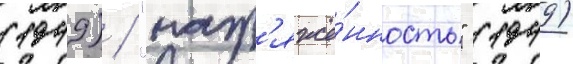
(1949) / "напр'яжё́нность" (1949)